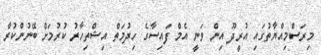
މިރަސްމިއްޔާތުގައި އުރީދޫ އިން ވަނީ އެމް ފައިސާގެ ހިދުމަތް އިޝްތިހާރު ކުރުމަށް ބޭނުންކުރާ